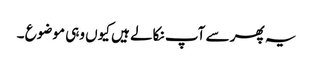
یہ پھر سے آپ نکالے ہیں کیوں وہی موضوع ۔